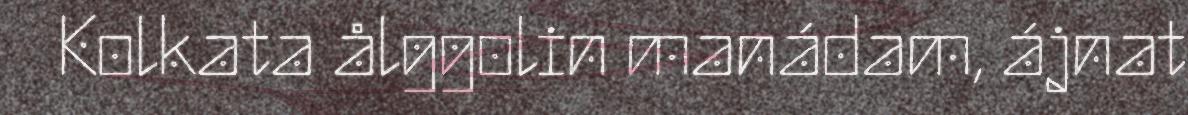
Kolkata ålggolin manádam, ájnat